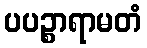
ပပဉ္စာရာမတံ